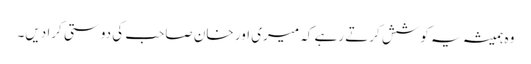
وہ ہمیشہ یہ کوشش کرتے رہے کہ میری اور خان صاحب کی دوستی کرا دیں۔